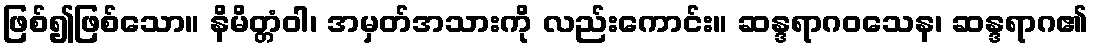
ဖြစ်၍ဖြစ်သော။ နိမိတ္တံဝါ၊ အမှတ်အသားကို လည်းကောင်း။ ဆန္ဒရာဂဝသေန၊ ဆန္ဒရာဂ၏